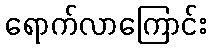
ရောက်လာကြောင်း